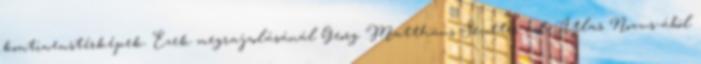
kontinenstérképek. Ezek megrajzolásánál Georg Matthäus Seutter wd Atlas Novus-ából